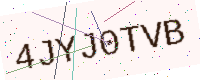
Text: 4JYJ0TVB